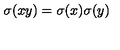
\sigma ( x y ) = \sigma ( x ) \sigma ( y )